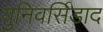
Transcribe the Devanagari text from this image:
युनिवर्सिडाद